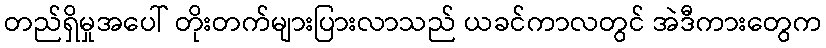
တည်ရှိမှုအပေါ် တိုးတက်များပြားလာသည် ယခင်ကာလတွင် အဲဒီကားတွေက